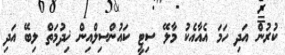
ކުރުން އަދި ހަމަ އެއާއެކު މާލޭ ސިޓީ ކައުންސިލްއިން ޚިދުމަތް ލިބޭ އަދި